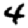
Digit: 4